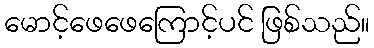
မောင့်ဖေဖေကြောင့်ပင် ဖြစ်သည်။